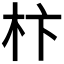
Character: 𣏣